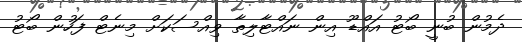
ދެމުން ބުނީ ބޯޓު އައްޑޫ އިން ނައްޓާލިތާ ވިއްސަކަށް މިނެޓް ފަހުން ބޯޓު